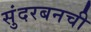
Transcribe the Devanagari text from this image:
सुंदरबनची